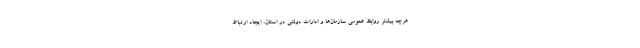
هرچه بیشتر روابط عمومی سازمان‌ها و ادارات دولتی در استان، ایجاد ارتباط